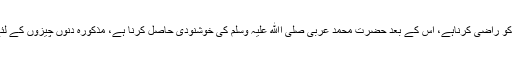
{سورۂ نساء آیت ۱۱۰} امت محمدیہ صلی اﷲ علیہ وسلم کا حقیقی مقصد اﷲ رب العزت کو راضی کرناہے، اس کے بعد حضرت محمد عربی صلی اﷲ علیہ وسلم کی خوشنودی حاصل کرنا ہے، مذکورہ دنوں چیزوں کے لئے ہر فرد پر لازم ہے کہ وہ اصحاب رسول اﷲ علیہ السلام کے نقش قدم پر چلتے رہے۔